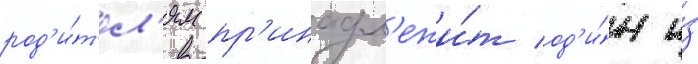
род'и́т'ел'ям пр'инадл'ежи́т од'и́н и́з